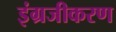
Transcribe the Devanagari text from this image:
इंग्रजीकरण